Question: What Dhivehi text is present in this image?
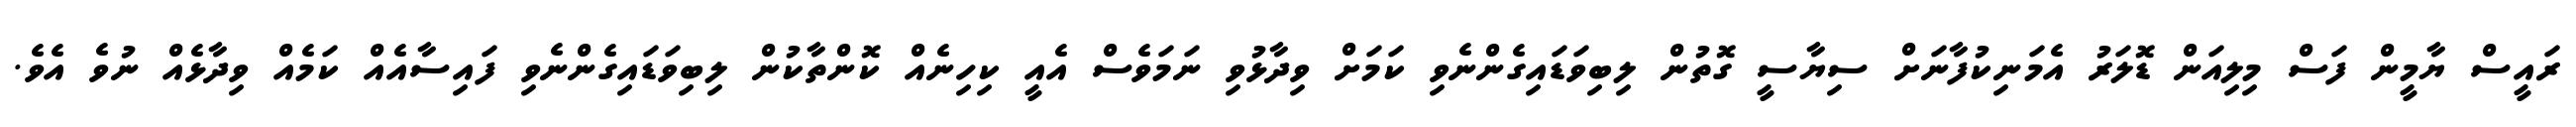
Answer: ރައީސް ޔާމީން ފަސް މިލިއަން ޑޮލަރު އެމަނިކުފާނަށް ސިޔާސީ ގޮތުން ލިބިވަޑައިގެންނެވި ކަމަށް ވިދާޅުވި ނަމަވެސް އެއީ ކިހިނެއް ކޮންތާކުން ލިބިވަޑައިގެންނެވި ފައިސާއެއް ކަމެއް ވިދާޅެއް ނުވެ އެވެ.